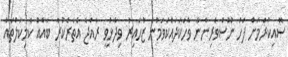
ސޮއިކުރުމަށް ފަހު ނޫސްވެރިންނާ ވާހަކަދައްކަވަމުން ޒުހައިރު ވިދާޅުވީ ރާއްޖެ އެތެރެކުރާ ބައެއް ކެމިކަލްތައް